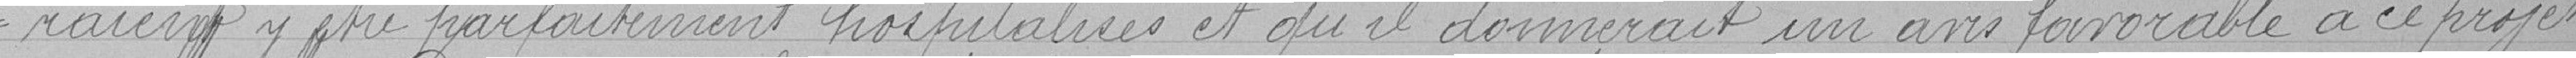
raient y être parfaitement hospitalisés et qu'il donnerait un avis favorable à ce projet.